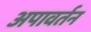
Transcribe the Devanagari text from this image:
अपावर्तन